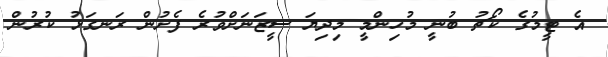
އެ ޓީމުގެ ކޯޗު ބުނީ މުހިންމީ މިދިޔަ ސީޒަނަށްވުރެ ފެށުން ރަނގަޅު ކުރުން